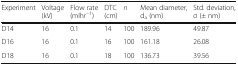
<table><thead><tr><td><b>Experiment</b></td><td><b>Voltage (kV)</b></td><td><b>Flow rate (mlhr<sup>−1</sup>)</b></td><td><b>DTC (cm)</b></td><td><b><i>n</i></b></td><td><b>Mean diameter, d<sub>a</sub> (nm)</b></td><td><b>Std. deviation, σ (± nm)</b></td></tr></thead><tbody><tr><td>D14</td><td>16</td><td>0.1</td><td>14</td><td>100</td><td>189.96</td><td>49.87</td></tr><tr><td>D16</td><td>16</td><td>0.1</td><td>16</td><td>100</td><td>161.18</td><td>26.08</td></tr><tr><td>D18</td><td>16</td><td>0.1</td><td>18</td><td>100</td><td>136.73</td><td>39.56</td></tr></tbody></table>